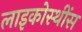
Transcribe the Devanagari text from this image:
लाइकोस्थींस